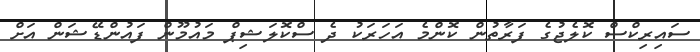
ސައިރިކްސް ކޮލެޖުގެ ފަރާތުން ކޮންމެ އަހަރަކު ދެ ސްކޮލަޝިޕް މައުމޫން ފައުންޑޭޝަން އަށް